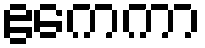
ဧကေကာ